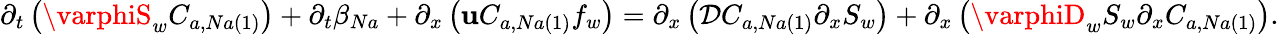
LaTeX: \partial_{t}\left(\varphiS_{w}C_{a,Na\left(1\right)}\right)+\partial_{t}\beta_{Na}+\partial_{x}\left(\mathbf{u}C_{a,Na\left(1\right)}f_{w}\right)=\partial_{x}\left(\mathcal{{D}}C_{a,Na\left(1\right)}\partial_{x}S_{w}\right)+\partial_{x}\left(\varphiD_{w}S_{w}\partial_{x}C_{a,Na\left(1\right)}\right).